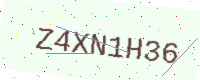
Text: Z4XN1H36